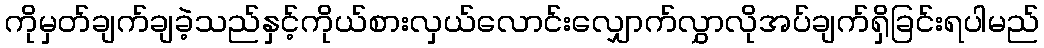
ကိုမှတ်ချက်ချခဲ့သည်နှင့်ကိုယ်စားလှယ်လောင်းလျှောက်လွှာလိုအပ်ချက်ရှိခြင်းရပါမည်